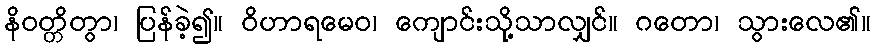
နိဝတ္တိတွာ၊ ပြန်ခဲ့၍။ ဝိဟာရမေဝ၊ ကျောင်းသို့သာလျှင်။ ဂတော၊ သွားလေ၏။